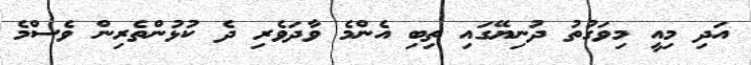
އަދި މިއީ މިވަގުތު ދުނިޔޭގައި ތިބި އެންމެ ވާދަވެރި ދެ ކުޅުންތެރިން ވެސްމެ